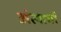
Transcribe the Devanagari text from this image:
अंत्यागों